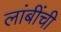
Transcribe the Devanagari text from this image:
लांबींची